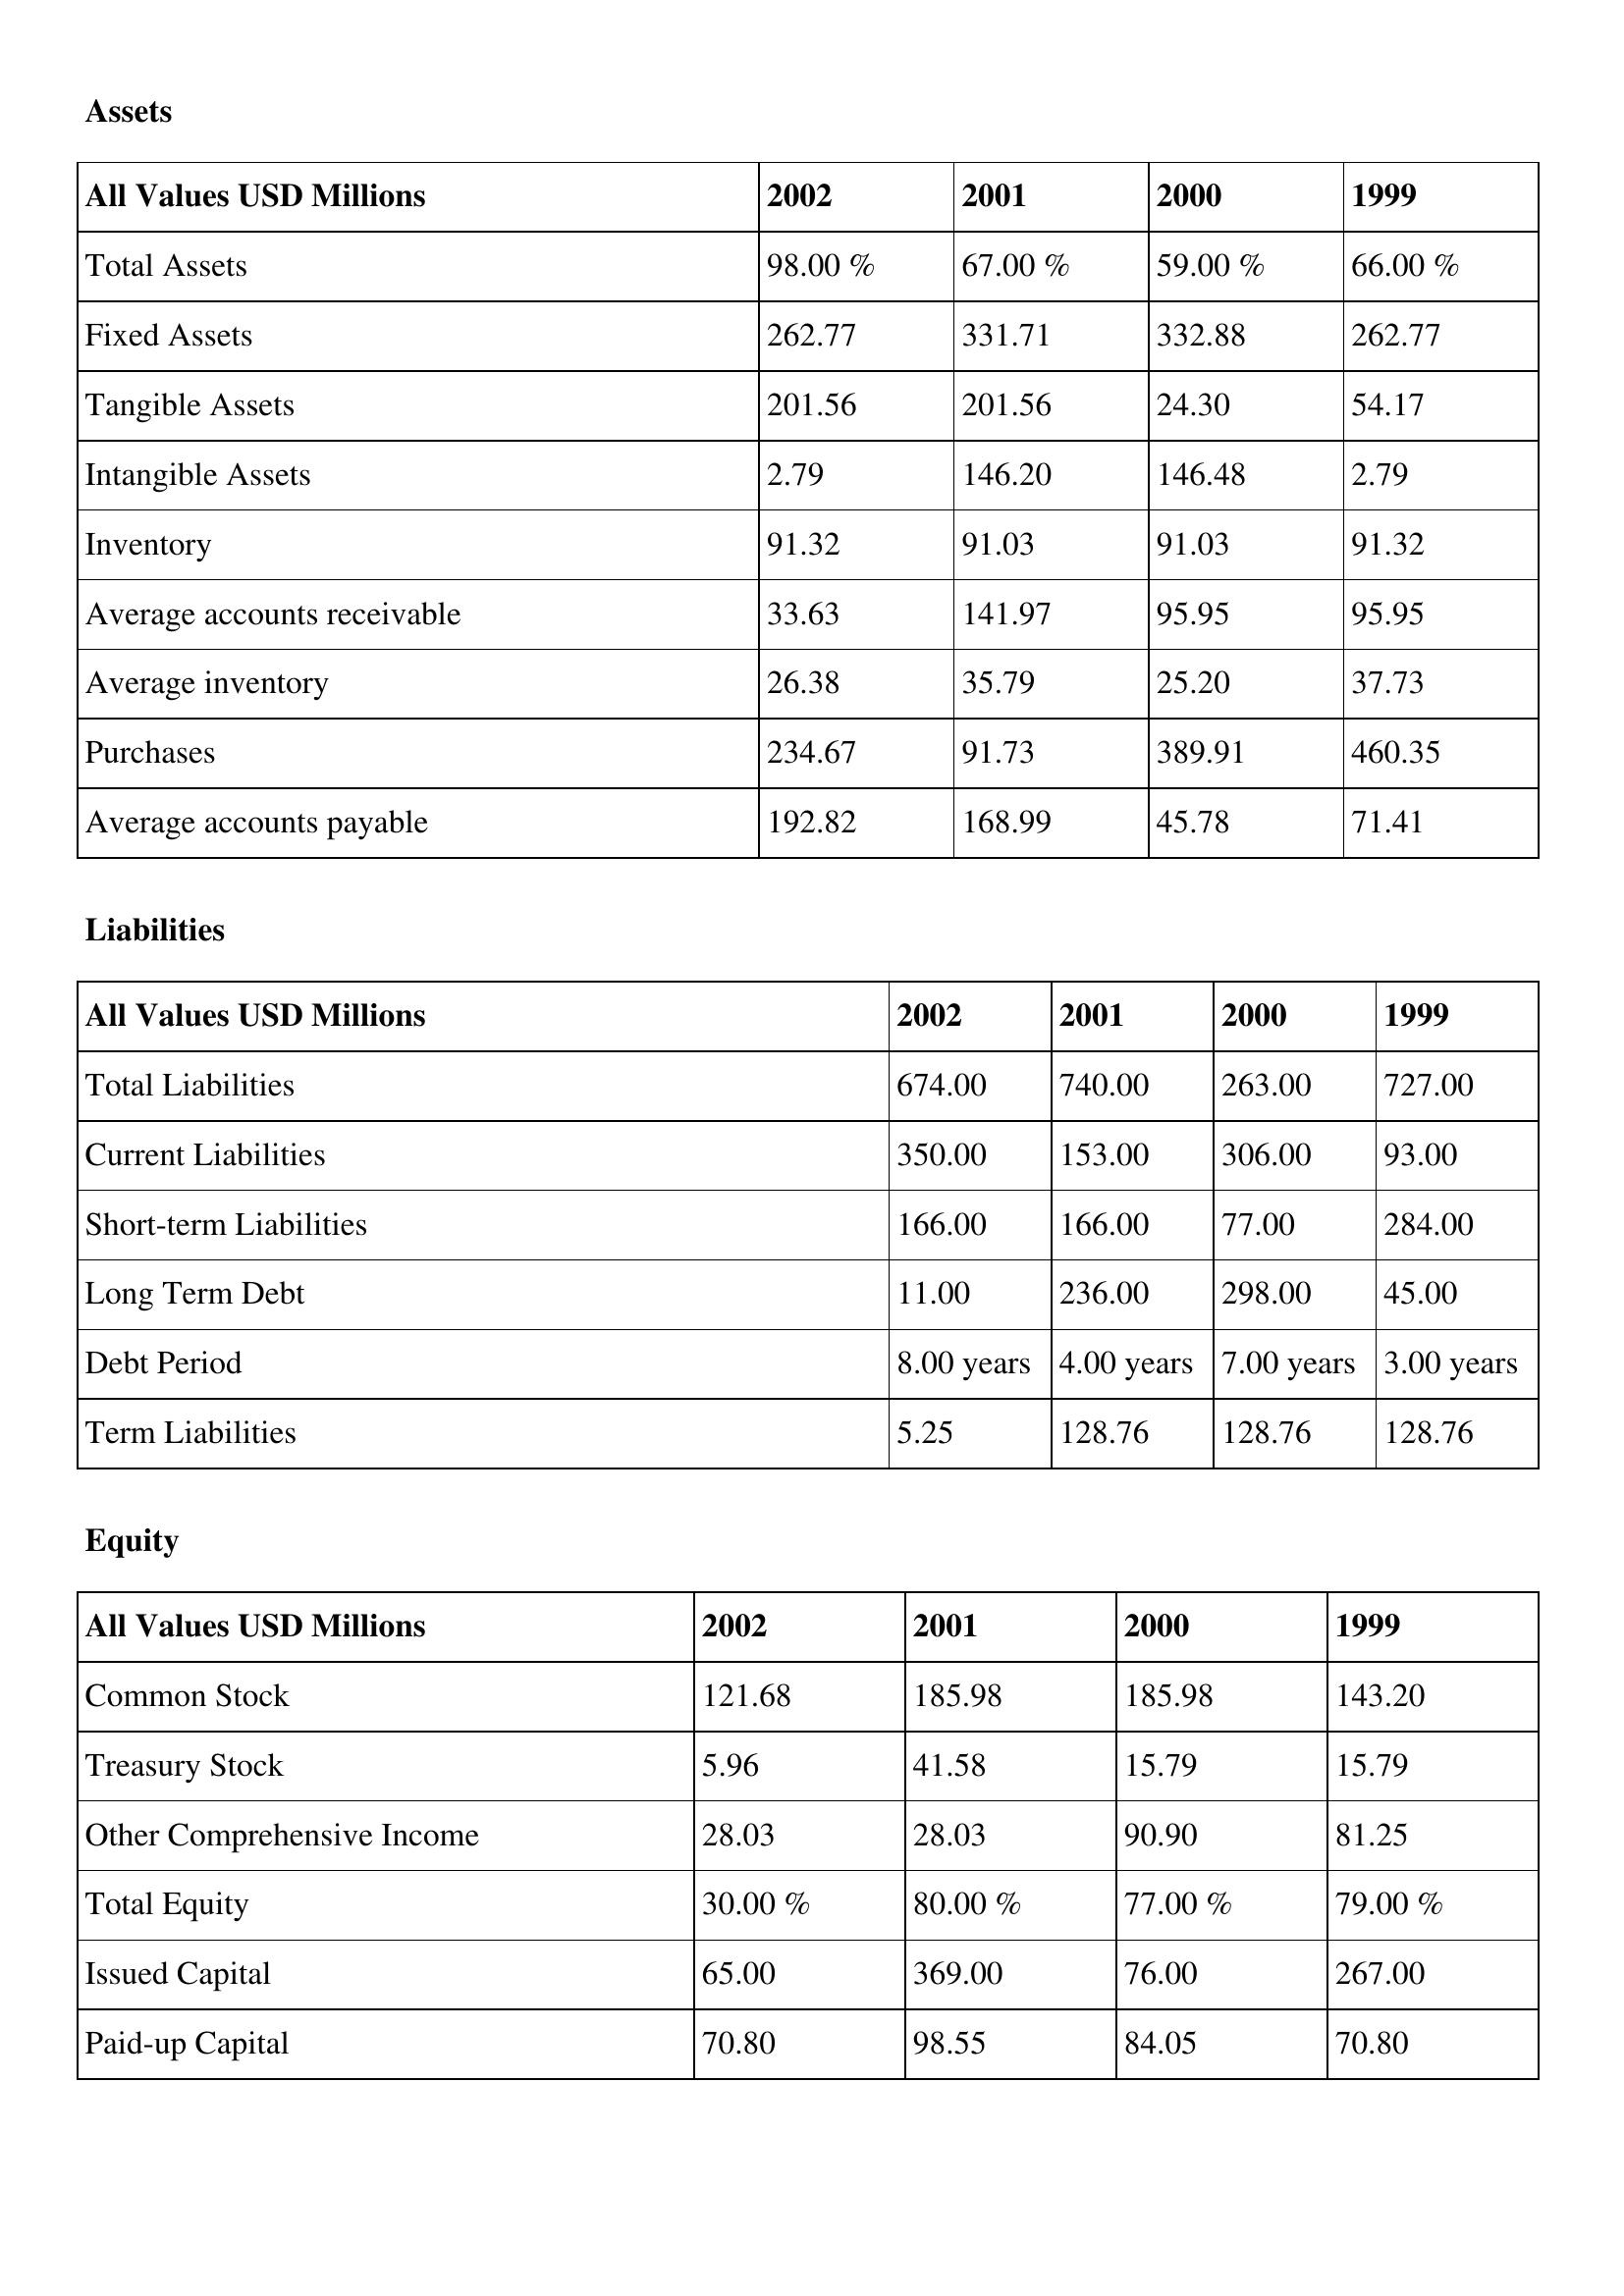
gt_parse: 2002: Assets: Total Assets: 98.00 %
Fixed Assets: 262.77
Tangible Assets: 201.56
Intangible Assets: 2.79
Inventory: 91.32
Average accounts receivable: 33.63
Average inventory: 26.38
Purchases: 234.67
Average accounts payable: 192.82
Liabilities: Total Liabilities: 674.00
Current Liabilities: 350.00
Short-term Liabilities: 166.00
Long Term Debt: 11.00
Debt Period: 8.00 years
Term Liabilities: 5.25
Equity: Common Stock: 121.68
Treasury Stock: 5.96
Other Comprehensive Income: 28.03
Total Equity: 30.00 %
Issued Capital: 65.00
Paid-up Capital: 70.80
2001: Assets: Total Assets: 67.00 %
Fixed Assets: 331.71
Tangible Assets: 201.56
Intangible Assets: 146.20
Inventory: 91.03
Average accounts receivable: 141.97
Average inventory: 35.79
Purchases: 91.73
Average accounts payable: 168.99
Liabilities: Total Liabilities: 740.00
Current Liabilities: 153.00
Short-term Liabilities: 166.00
Long Term Debt: 236.00
Debt Period: 4.00 years
Term Liabilities: 128.76
Equity: Common Stock: 185.98
Treasury Stock: 41.58
Other Comprehensive Income: 28.03
Total Equity: 80.00 %
Issued Capital: 369.00
Paid-up Capital: 98.55
2000: Assets: Total Assets: 59.00 %
Fixed Assets: 332.88
Tangible Assets: 24.30
Intangible Assets: 146.48
Inventory: 91.03
Average accounts receivable: 95.95
Average inventory: 25.20
Purchases: 389.91
Average accounts payable: 45.78
Liabilities: Total Liabilities: 263.00
Current Liabilities: 306.00
Short-term Liabilities: 77.00
Long Term Debt: 298.00
Debt Period: 7.00 years
Term Liabilities: 128.76
Equity: Common Stock: 185.98
Treasury Stock: 15.79
Other Comprehensive Income: 90.90
Total Equity: 77.00 %
Issued Capital: 76.00
Paid-up Capital: 84.05
1999: Assets: Total Assets: 66.00 %
Fixed Assets: 262.77
Tangible Assets: 54.17
Intangible Assets: 2.79
Inventory: 91.32
Average accounts receivable: 95.95
Average inventory: 37.73
Purchases: 460.35
Average accounts payable: 71.41
Liabilities: Total Liabilities: 727.00
Current Liabilities: 93.00
Short-term Liabilities: 284.00
Long Term Debt: 45.00
Debt Period: 3.00 years
Term Liabilities: 128.76
Equity: Common Stock: 143.20
Treasury Stock: 15.79
Other Comprehensive Income: 81.25
Total Equity: 79.00 %
Issued Capital: 267.00
Paid-up Capital: 70.80